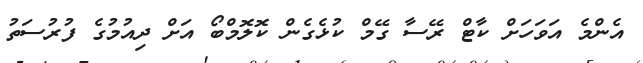
އެންމެ އަވަހަށް ކާޓް ރޭސާ ގޭމް ކުޅެގެން ކޮލޮމްބޯ އަށް ދިއުމުގެ ފުރުސަތު